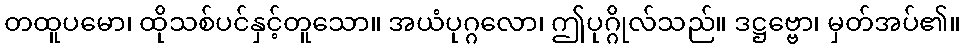
တထူပမော၊ ထိုသစ်ပင်နှင့်တူသော။ အယံပုဂ္ဂလော၊ ဤပုဂ္ဂိုလ်သည်။ ဒဋ္ဌဗ္ဗော၊ မှတ်အပ်၏။